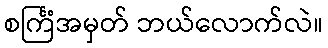
စင်္ကြံအမှတ် ဘယ်လောက်လဲ။